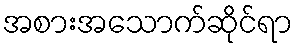
အစားအသောက်ဆိုင်ရာ